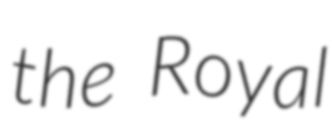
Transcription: the Royal